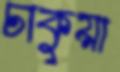
চাকুয়া